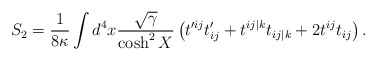
\begin{align*}S_{2} = \frac{1}{8\kappa}\int d^4 x \frac{\sqrt{\gamma}}{\cosh^2 X} \left(t'^{ij}t'_{ij} + t^{ij\vert k}t_{ij\vert k} + 2 t^{ij}t_{ij} \right).\end{align*}